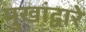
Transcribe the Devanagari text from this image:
मुखांद्वारे